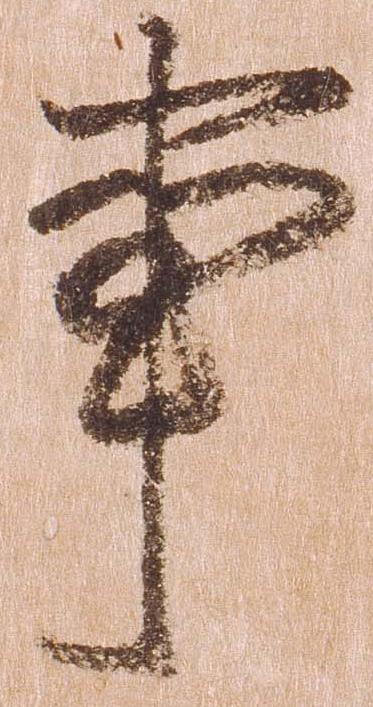
事